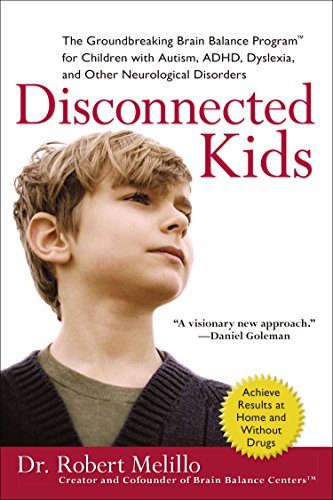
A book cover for Disconnected Kids: The Groundbreaking Brain Balance Program for Children with Autism, ADHD, Dyslexia, and Other Neurological Disorders; Dr. Robert Melillo; Parenting & Relationships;